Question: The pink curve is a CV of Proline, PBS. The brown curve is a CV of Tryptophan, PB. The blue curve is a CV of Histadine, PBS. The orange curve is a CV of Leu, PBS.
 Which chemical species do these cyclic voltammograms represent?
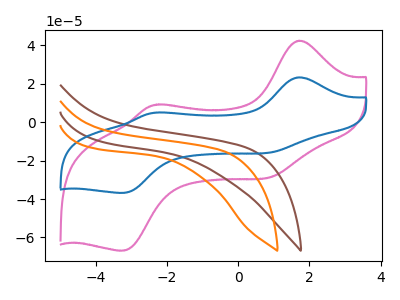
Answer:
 <answer>The pink curve is labeled "Proline, PBS". The brown curve is labeled "Tryptophan, PB". The blue curve is labeled "Histadine, PBS". The orange curve is labeled "Leu, PBS".</answer>
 <eval></eval>